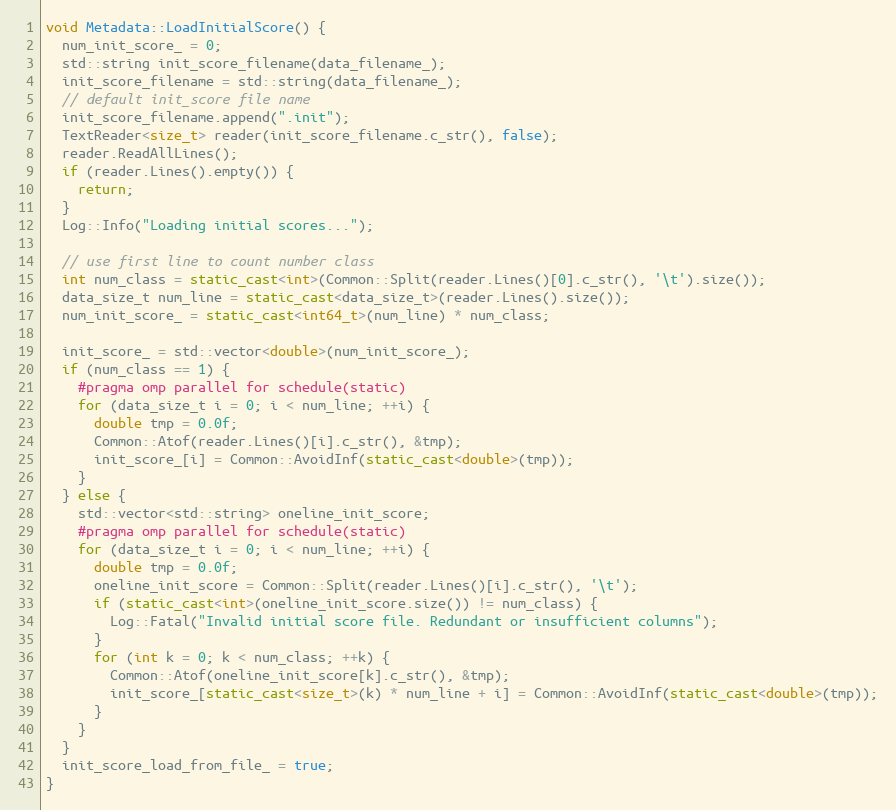
Language: C++
void Metadata::LoadInitialScore() {
  num_init_score_ = 0;
  std::string init_score_filename(data_filename_);
  init_score_filename = std::string(data_filename_);
  // default init_score file name
  init_score_filename.append(".init");
  TextReader<size_t> reader(init_score_filename.c_str(), false);
  reader.ReadAllLines();
  if (reader.Lines().empty()) {
    return;
  }
  Log::Info("Loading initial scores...");

  // use first line to count number class
  int num_class = static_cast<int>(Common::Split(reader.Lines()[0].c_str(), '\t').size());
  data_size_t num_line = static_cast<data_size_t>(reader.Lines().size());
  num_init_score_ = static_cast<int64_t>(num_line) * num_class;

  init_score_ = std::vector<double>(num_init_score_);
  if (num_class == 1) {
    #pragma omp parallel for schedule(static)
    for (data_size_t i = 0; i < num_line; ++i) {
      double tmp = 0.0f;
      Common::Atof(reader.Lines()[i].c_str(), &tmp);
      init_score_[i] = Common::AvoidInf(static_cast<double>(tmp));
    }
  } else {
    std::vector<std::string> oneline_init_score;
    #pragma omp parallel for schedule(static)
    for (data_size_t i = 0; i < num_line; ++i) {
      double tmp = 0.0f;
      oneline_init_score = Common::Split(reader.Lines()[i].c_str(), '\t');
      if (static_cast<int>(oneline_init_score.size()) != num_class) {
        Log::Fatal("Invalid initial score file. Redundant or insufficient columns");
      }
      for (int k = 0; k < num_class; ++k) {
        Common::Atof(oneline_init_score[k].c_str(), &tmp);
        init_score_[static_cast<size_t>(k) * num_line + i] = Common::AvoidInf(static_cast<double>(tmp));
      }
    }
  }
  init_score_load_from_file_ = true;
}